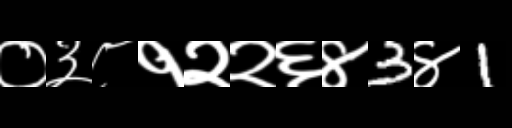
Text: ०३८१२२६४3४1